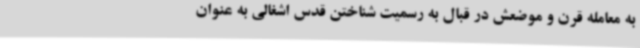
به معامله قرن و موضعش در قبال به رسمیت شناختن قدس اشغالی به عنوان